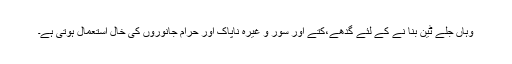
وہاں جلے ٹین بنا نے کے لئے گدھے،کتے اور سور و غیرہ ناپاک اور حرام جانوروں کی خال استعمال ہوتی ہے۔